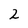
Character: 2